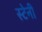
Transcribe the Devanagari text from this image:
स्टेनी